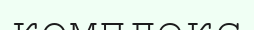
комплекс